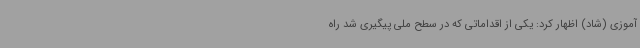
آموزی (شاد) اظهار کرد: یکی از اقداماتی که در سطح ملی پیگیری شد راه